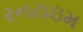
રનટાઇમ